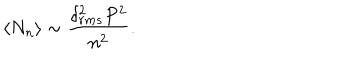
\langle N _ { n } \rangle \sim \frac { \delta _ { r m s } ^ { 2 } P ^ { 2 } } { n ^ { 2 } } .